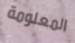
المعلومة